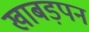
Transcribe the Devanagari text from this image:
खाबड़पन